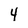
Character: 4